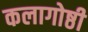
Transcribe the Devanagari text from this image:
कलागोष्ठी